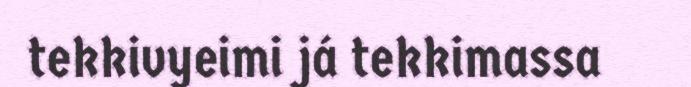
tekkivyeimi já tekkimassa